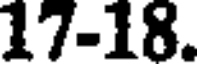
17-18.